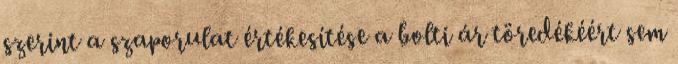
szerint a szaporulat értékesítése a bolti ár töredékéért sem